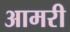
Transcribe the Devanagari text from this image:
आमरी